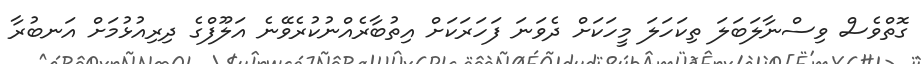
ގޮތްވެސް ވިސްނާލަބަލަ ތިކަހަލަ މީހަކަށް ދެވަނަ ފަހަރަކަށް އިތުބާރެއްނުކުރެވޭނެ އަލޫފްގެ ދިރިއުޅުމަށް އަނބުރާ